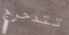
تتدحرج